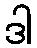
ဒါ